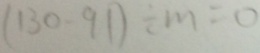
( 1 3 0 - 9 1 ) \div m = 0